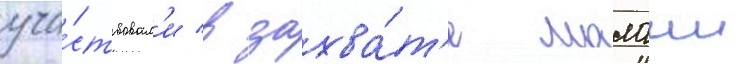
уча́ствовал'и в захва́т'е малаии